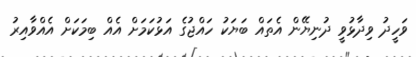
ވަހީދު ވިދާޅުވީ ދުނިޔޭން އެތައް ބަޔަކު ހައްޖުގެ އަޅުކަމަށް އެއް ބިމަކަށް އެއްވާއިރު